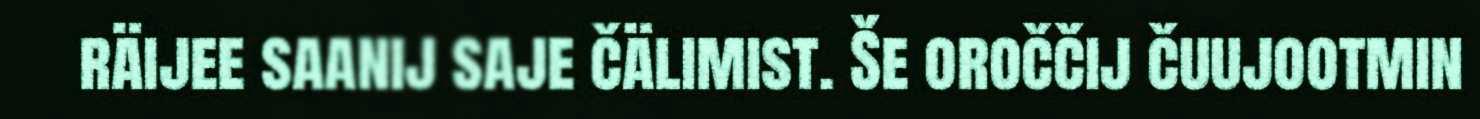
räijee saanij saje čälimist. Še oroččij čuujootmin